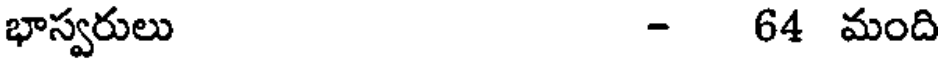
భాస్వరులు - 64 మంది